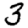
Digit: 3